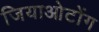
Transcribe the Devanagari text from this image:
जियाओटोंग